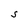
Character: S